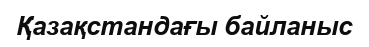
Қазақстандағы байланыс